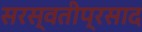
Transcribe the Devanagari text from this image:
सरस्वतीप्रसाद